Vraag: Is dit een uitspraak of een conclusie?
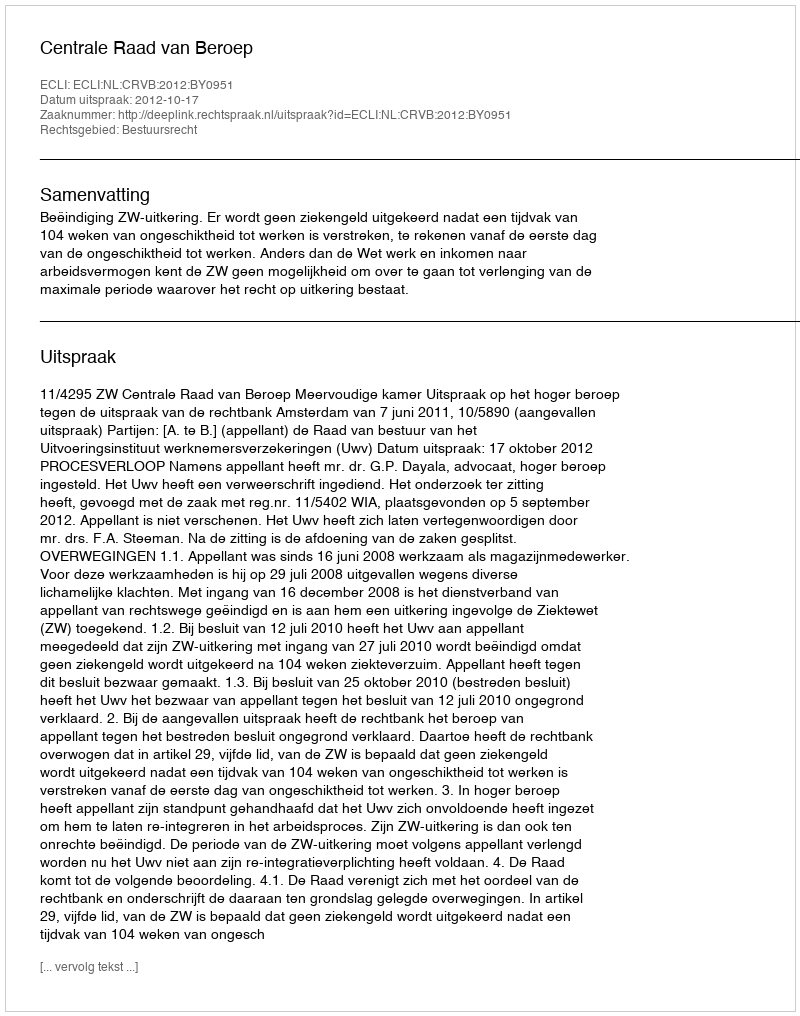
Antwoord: Uitspraak